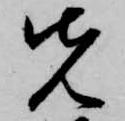
先